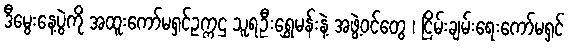
ဒီမွေးနေ့ပွဲကို အထူးကော်မရှင်ဥက္ကဌ သူရဦးရွှေမန်းနဲ့ အဖွဲ့ဝင်တွေ ၊ ငြိမ်းချမ်းရေးကော်မရှင်